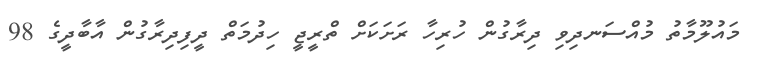
މައުލޫމާތު މުއްސަނދިވި ދިރާގުން ހުރިހާ ރަށަކަށް ތްރީޖީ ހިދުމަތް ދީފިދިރާގުން އާބާދީގެ 98